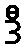
ဒီ